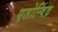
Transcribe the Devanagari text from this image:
एतोन्विंद्र